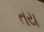
તય